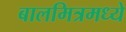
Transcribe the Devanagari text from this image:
बालमित्रमध्ये